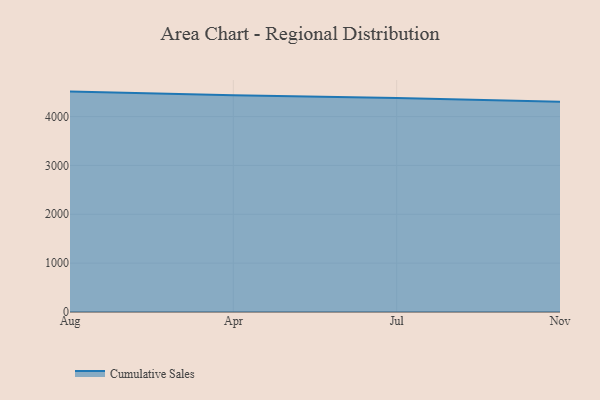
{"axis": {"x": "Month", "y": "Energy Usage (MWh)"}, "legend": ["Cumulative Sales"], "data": [{"x": "Aug", "y": 4511.2, "type": "Cumulative Sales"}, {"x": "Apr", "y": 4435.4, "type": "Cumulative Sales"}, {"x": "Jul", "y": 4380.9, "type": "Cumulative Sales"}, {"x": "Nov", "y": 4304.8, "type": "Cumulative Sales"}]}